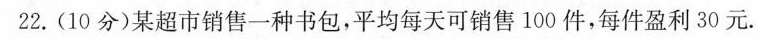
22.(10分)某超市销售一种书包，平均每天可销售100件，每件盈利30元.